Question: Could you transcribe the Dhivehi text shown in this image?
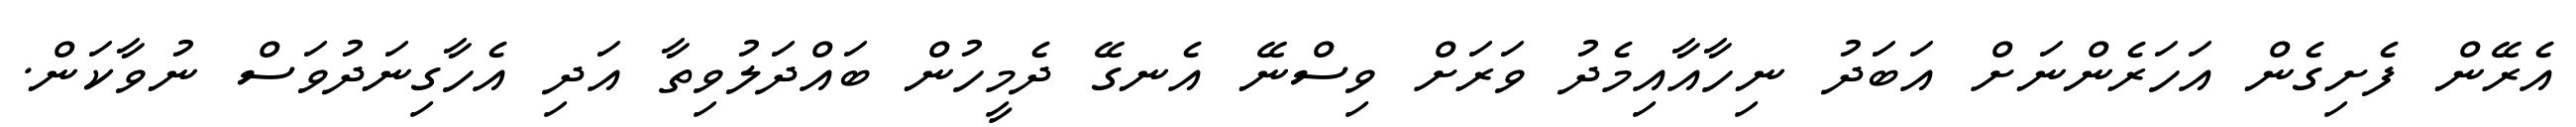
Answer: އެރޭން ފެށިގެން އަހަރެންނަށް އަބަދު ނިހާއާއިމެދު ވަރަށް ވިސްނޭ އެނގޭ ދެމީހުން ބައްދަލުވިތާ އަދި އެހާގިނަދުވަސް ނުވާކަން.